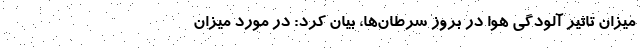
میزان تاثیر آلودگی هوا در بروز سرطان‌ها، بیان کرد: در مورد میزان